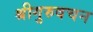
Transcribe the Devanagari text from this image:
श्रीगुरुवचन